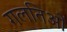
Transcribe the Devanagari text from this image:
गलतिओं